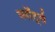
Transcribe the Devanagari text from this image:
स्पॉर्ट्स